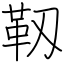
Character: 靱